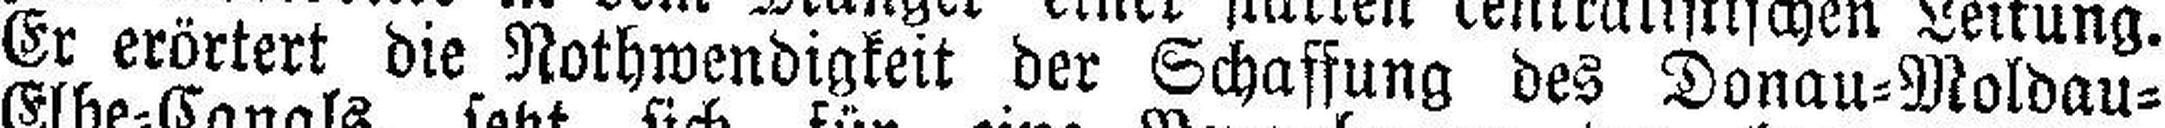
Er erörtert die Nothwendigkeit der Schaffung des Donau=Moldau=